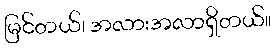
မြင်တယ်၊ အလားအလာရှိတယ်။